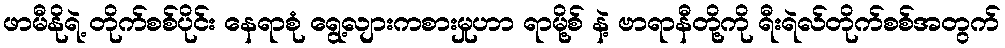
ဖာမီနိုရဲ့ တိုက်စစ်ပိုင်း နေရာစုံ ရွေ့လျားကစားမှုဟာ ရာမို့စ် နဲ့ ဗာရာနီတို့ကို ရီးရဲလ်တိုက်စစ်အတွက်